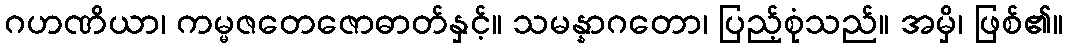
ဂဟဏိယာ၊ ကမ္မဇတေဇောဓာတ်နှင့်။ သမန္နာဂတော၊ ပြည့်စုံသည်။ အမှိ၊ ဖြစ်၏။